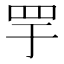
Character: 𬙘